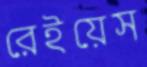
রেইয়েস